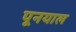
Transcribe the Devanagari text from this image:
पूनयाल